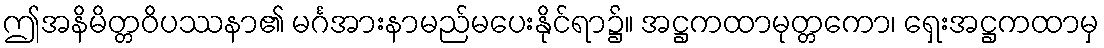
ဤအနိမိတ္တဝိပဿနာ၏ မင်္ဂအားနာမည်မပေးနိုင်ရာ၌။ အဋ္ဌကထာမုတ္တကော၊ ရှေးအဋ္ဌကထာမှ